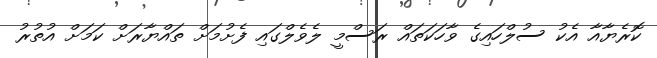
ކޮރެޔާއާ އެކު ސުލްހައިގެ ވާހަކަތައް ރަސްމީ ލެވެލްގައި ފެށުމަށް ތައްޔާރަށް ކަމަށް އުތުރު